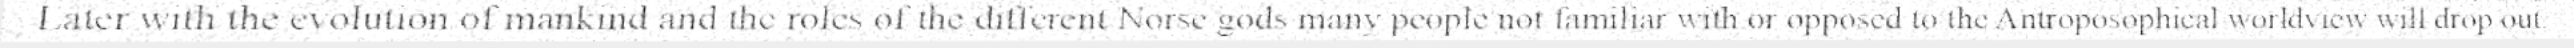
Later with the evolution of mankind and the roles of the different Norse gods many people not familiar with or opposed to the Antroposophical worldview will drop out.